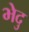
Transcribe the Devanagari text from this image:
भेदु